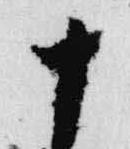
十